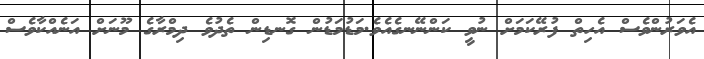
އެވަރުންވެސް އެހިތް ފުރޭކަމަށް ނުވީ ކަންނޭނގެއެވެ.މަޑުމަޑުން ގޮނޑިން ތެދުވެ ދިމްރާގެ މޫނަށް އަނެއްކާވެސް